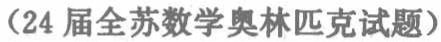
（24届全苏数学奥林匹克试题）